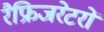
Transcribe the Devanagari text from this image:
रैफ्रिजरेटरों